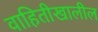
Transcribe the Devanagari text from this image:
वाहितीखालील